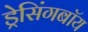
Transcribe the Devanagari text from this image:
ड्रेसिंगबॉय